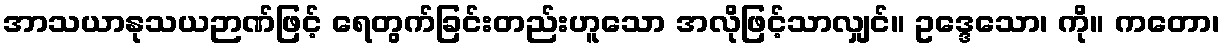
အာသယာနုသယဉာဏ်ဖြင့် ရေတွက်ခြင်းတည်းဟူသော အလိုဖြင့်သာလျှင်။ ဥဒ္ဒေသော၊ ကို။ ကတော၊